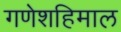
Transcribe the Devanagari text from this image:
गणेशहिमाल